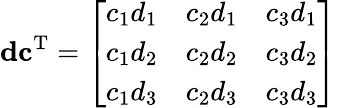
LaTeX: \mathbf{d}\mathbf{c}^{\mathrm{T}}={\left[\begin{array}{lll}{c_{1}d_{1}}&{c_{2}d_{1}}&{c_{3}d_{1}}\\ {c_{1}d_{2}}&{c_{2}d_{2}}&{c_{3}d_{2}}\\ {c_{1}d_{3}}&{c_{2}d_{3}}&{c_{3}d_{3}}\end{array}\right]}